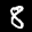
Label: 8